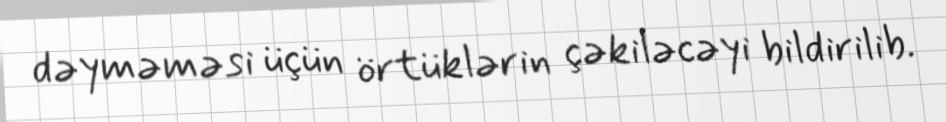
dəyməməsi üçün örtüklərin çəkiləcəyi bildirilib.